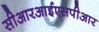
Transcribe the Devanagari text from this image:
सीआरआईएसपीआर